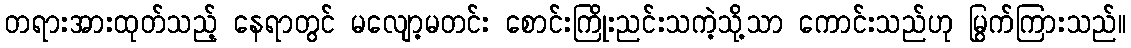
တရားအားထုတ်သည့် နေရာတွင် မလျော့မတင်း စောင်းကြိုးညင်းသကဲ့သို့သာ ကောင်းသည်ဟု မြွက်ကြားသည်။